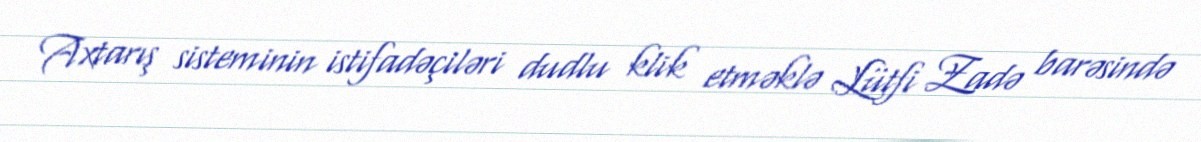
Axtarış sisteminin istifadəçiləri dudlu klik etməklə Lütfi Zadə barəsində